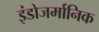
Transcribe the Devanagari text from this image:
इंडोजर्मानिक